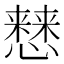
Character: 𢣡